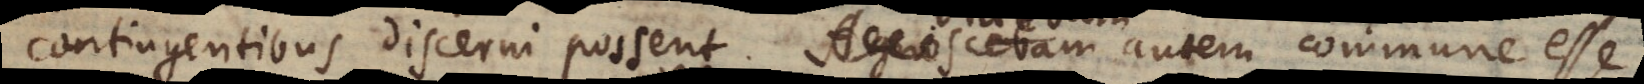
contingentibus discerni possent. Agnoscebam Videbam autem commu